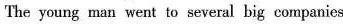
The young man went to several big companies